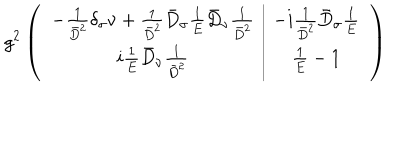
g ^ { 2 } \left( \begin{array} { c | c } { { - \frac { 1 } { \bar { D } ^ { 2 } } \delta _ { \sigma } \nu + \frac { 1 } { \bar { D } ^ { 2 } } \bar { D } _ { \sigma } \frac { 1 } { E } \bar { D } _ { \nu } \frac { 1 } { \bar { D } ^ { 2 } } } } & { { - i \frac { 1 } { \bar { D } ^ { 2 } } \bar { D } _ { \sigma } \frac { 1 } { E } } } \\ { { i \frac { 1 } { E } \bar { D } _ { \nu } \frac { 1 } { \bar { D } ^ { 2 } } } } & { { \frac { 1 } { E } - 1 } } \\ \end{array} \right)